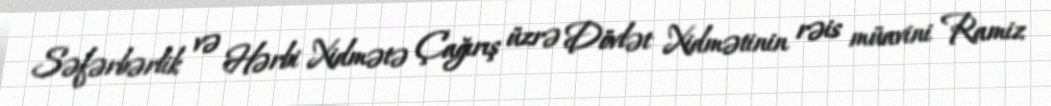
Səfərbərlik və Hərbi Xidmətə Çağırış üzrə Dövlət Xidmətinin rəis müavini Ramiz